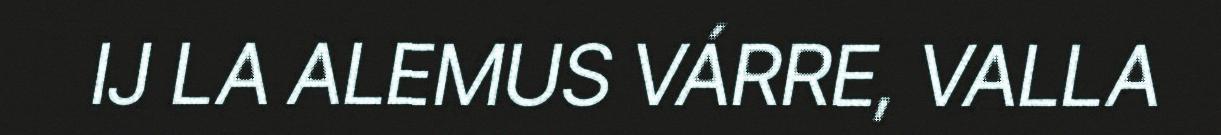
IJ LA ALEMUS VÁRRE, VALLA